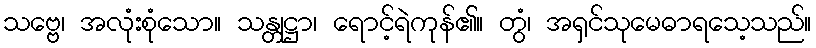
သဗ္ဗေ၊ အလုံးစုံသော။ သန္တုဋ္ဌာ၊ ရောင့်ရဲကုန်၏။ တွံ၊ အရှင်သုမေဓာရသေ့သည်။